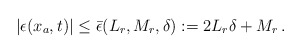
\begin{align*}&|\epsilon(x_a,t)|\le \bar \epsilon(L_r,M_r, \delta):=2 L_r \delta + M_r \,.\end{align*}